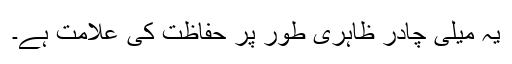
یہ میلی چادر ظاہری طور پر حفاظت کی علامت ہے۔